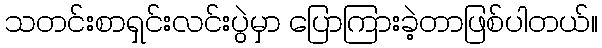
သတင်းစာရှင်းလင်းပွဲမှာ ပြောကြားခဲ့တာဖြစ်ပါတယ်။